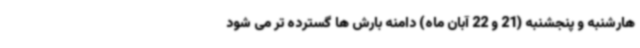
هارشنبه و پنجشنبه (21 و 22 آبان ماه) دامنه بارش ها گسترده تر می شود